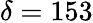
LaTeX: \delta=153